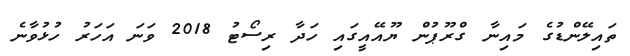
ތައިލޭންޑުގެ މައިނާ ގްރޫޕުން ޔޫއޭއީގައި ހަދާ ރިސޯޓު 2018 ވަނަ އަހަރު ހުޅުވާނެ